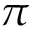
\pi